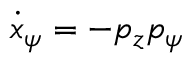
\dot { x } _ { \psi } = - p _ { z } p _ { \psi }